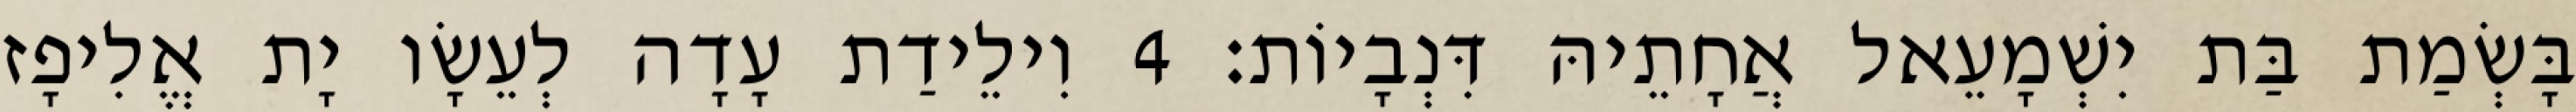
בָּשְׂמַת בַּת יִשְׁמָעֵאל אֲחָתֵיהּ דִּנְבָיוֹת׃ 4 וִילֵידַת עָדָה לְעֵשָׂו יָת אֱלִיפָז